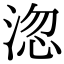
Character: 淴